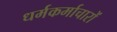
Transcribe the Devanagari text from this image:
धर्मकर्माचारों